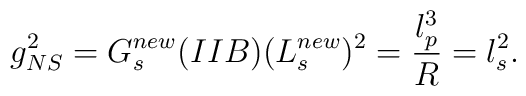
g^{2}_{NS}=G_{s}^{new}(IIB) (L_{s}^{new})^2 = \frac{l_{p}^{3}}{R}=l_{s}^{2}.